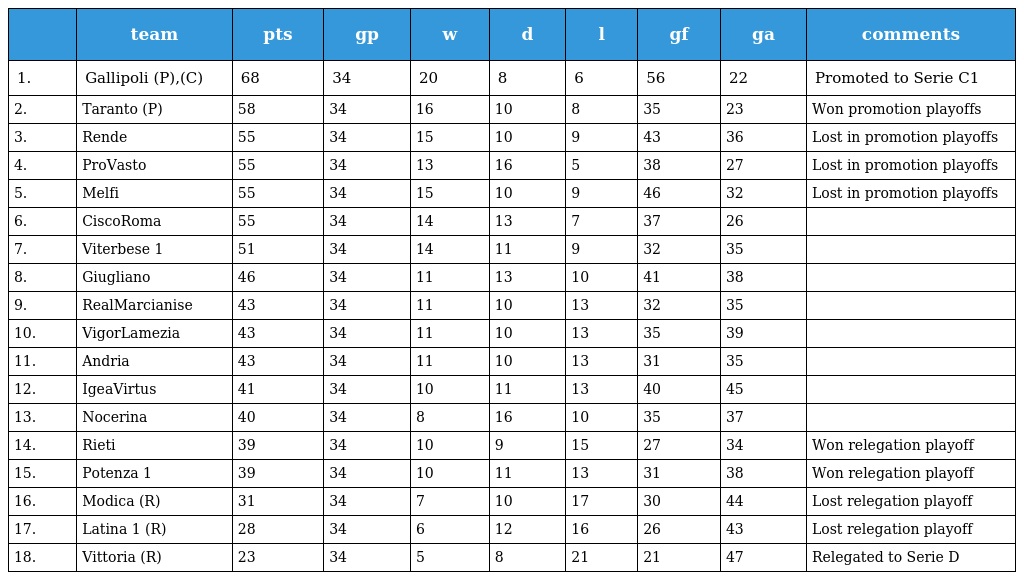
|  | team | pts | gp | w | d | l | gf | ga | comments |
 | --- | --- | --- | --- | --- | --- | --- | --- | --- | --- |
 | 1. | Gallipoli (P),(C) | 68 | 34 | 20 | 8 | 6 | 56 | 22 | Promoted to Serie C1 |
 | 2. | Taranto (P) | 58 | 34 | 16 | 10 | 8 | 35 | 23 | Won promotion playoffs |
 | 3. | Rende | 55 | 34 | 15 | 10 | 9 | 43 | 36 | Lost in promotion playoffs |
 | 4. | ProVasto | 55 | 34 | 13 | 16 | 5 | 38 | 27 | Lost in promotion playoffs |
 | 5. | Melfi | 55 | 34 | 15 | 10 | 9 | 46 | 32 | Lost in promotion playoffs |
 | 6. | CiscoRoma | 55 | 34 | 14 | 13 | 7 | 37 | 26 |  |
 | 7. | Viterbese 1 | 51 | 34 | 14 | 11 | 9 | 32 | 35 |  |
 | 8. | Giugliano | 46 | 34 | 11 | 13 | 10 | 41 | 38 |  |
 | 9. | RealMarcianise | 43 | 34 | 11 | 10 | 13 | 32 | 35 |  |
 | 10. | VigorLamezia | 43 | 34 | 11 | 10 | 13 | 35 | 39 |  |
 | 11. | Andria | 43 | 34 | 11 | 10 | 13 | 31 | 35 |  |
 | 12. | IgeaVirtus | 41 | 34 | 10 | 11 | 13 | 40 | 45 |  |
 | 13. | Nocerina | 40 | 34 | 8 | 16 | 10 | 35 | 37 |  |
 | 14. | Rieti | 39 | 34 | 10 | 9 | 15 | 27 | 34 | Won relegation playoff |
 | 15. | Potenza 1 | 39 | 34 | 10 | 11 | 13 | 31 | 38 | Won relegation playoff |
 | 16. | Modica (R) | 31 | 34 | 7 | 10 | 17 | 30 | 44 | Lost relegation playoff |
 | 17. | Latina 1 (R) | 28 | 34 | 6 | 12 | 16 | 26 | 43 | Lost relegation playoff |
 | 18. | Vittoria (R) | 23 | 34 | 5 | 8 | 21 | 21 | 47 | Relegated to Serie D |